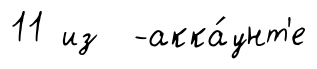
11 из -акка́унт'е